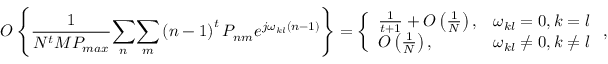
O \left\{ \frac { 1 } { N ^ { t } M P _ { m a x } } \underset { n } { \sum } \underset { m } { \sum } \left( n - 1 \right) ^ { t } P _ { n m } e ^ { j \omega _ { k l } \left( n - 1 \right) } \right\} = \left\{ \begin{array} { l l } { \frac { 1 } { t + 1 } + O \left( \frac { 1 } { N } \right) , } & { \omega _ { k l } = 0 , k = l } \\ { O \left( \frac { 1 } { N } \right) , } & { \omega _ { k l } \neq 0 , k \neq l } \end{array} \right. ,